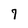
Character: 7